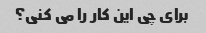
برای چی این کار را می کنی؟